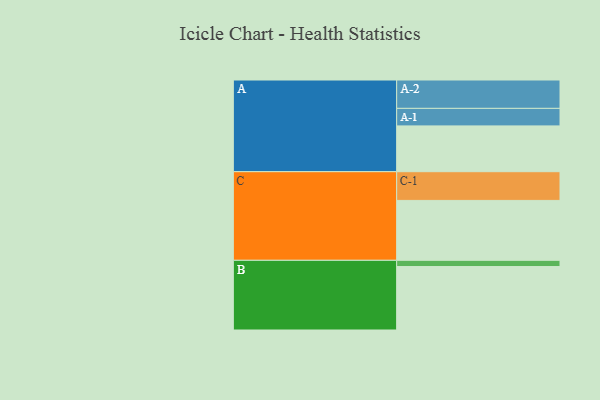
{"axis": {"x": "Segment", "y": "Value"}, "legend": ["", "A", "B", "C"], "data": [{"x": "A", "y": 389, "type": ""}, {"x": "B", "y": 539, "type": ""}, {"x": "C", "y": 509, "type": ""}, {"x": "A-1", "y": 149, "type": "A"}, {"x": "A-2", "y": 241, "type": "A"}, {"x": "B-1", "y": 53, "type": "B"}, {"x": "C-1", "y": 244, "type": "C"}]}